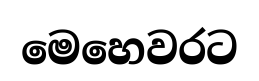
මෙහෙවරට